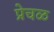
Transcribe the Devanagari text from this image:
प्रेचळ